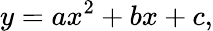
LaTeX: y=ax^{2}+bx+c,